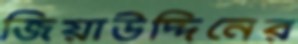
জিয়াউদ্দিনের